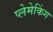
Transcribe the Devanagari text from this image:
प्लेमेकिंग